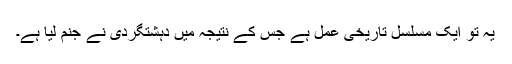
یہ تو ایک مسلسل تاریخی عمل ہے جس کے نتیجہ میں دہشتگردی نے جنم لیا ہے۔